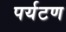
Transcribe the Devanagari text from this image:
पर्यटण